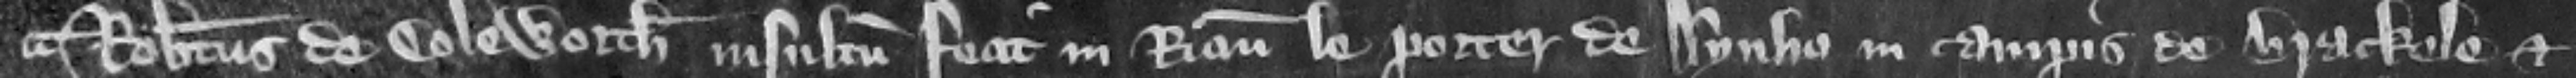
¶ Robertus de Coleworth insultum fecit in Ricardum le Porter de Aynho in campis de Brackele et